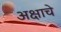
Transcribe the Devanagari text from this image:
अक्षाचे